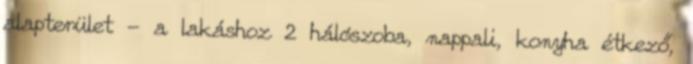
alapterület - a lakáshoz 2 hálószoba, nappali, konyha étkező,